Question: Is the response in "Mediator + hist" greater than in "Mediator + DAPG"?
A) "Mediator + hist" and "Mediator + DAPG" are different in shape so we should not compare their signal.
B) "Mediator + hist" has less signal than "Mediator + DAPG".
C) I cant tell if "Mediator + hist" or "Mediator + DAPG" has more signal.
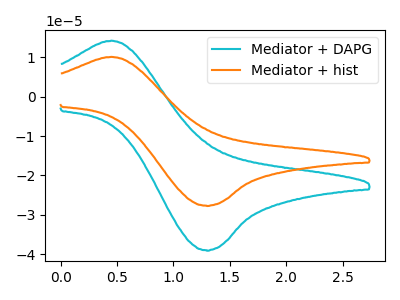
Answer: <think>The cyan curve "Mediator + DAPG" has an anodic peak at (0.45V, 14.15uA) and a cathodic peak at (1.30V, -38.95uA). The orange curve "Mediator + hist" has an anodic peak at (0.45V, 10.05uA) and a cathodic peak at (1.30V, -27.65uA).
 All the peaks in "Mediator + hist" have a peak in "Mediator + DAPG" at the same potential. Every peak in "Mediator + hist" is lower than every peak in "Mediator + DAPG".</think>
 <answer>B) "Mediator + hist" has less signal than "Mediator + DAPG".</answer>
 <eval>B</eval>